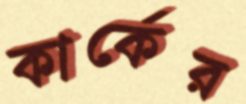
কার্কের